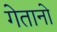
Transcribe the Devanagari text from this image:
गेतानो